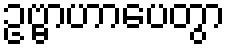
ဥဗ္ဗာဟာပေတွာ